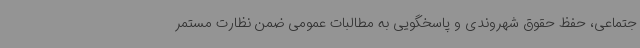
جتماعی، حفظ حقوق شهروندی و پاسخگویی به مطالبات عمومی ضمن نظارت مستمر